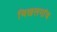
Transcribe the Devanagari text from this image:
चिखलगांव